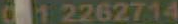
012262714